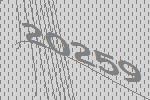
20259